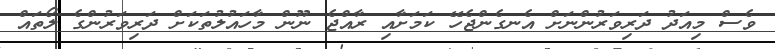
ވެސް މިއަދު ދަރިވަރުންނަށް އެނގެންޖެހޭ ކަމަށާއި ރާއްޖެ ނޫން މާހައުލުތަކަށް ދަރިވަރުންގެ ލޯތައް